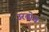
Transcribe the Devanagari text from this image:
उरतोच